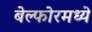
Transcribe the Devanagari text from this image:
बेल्फोरमध्ये